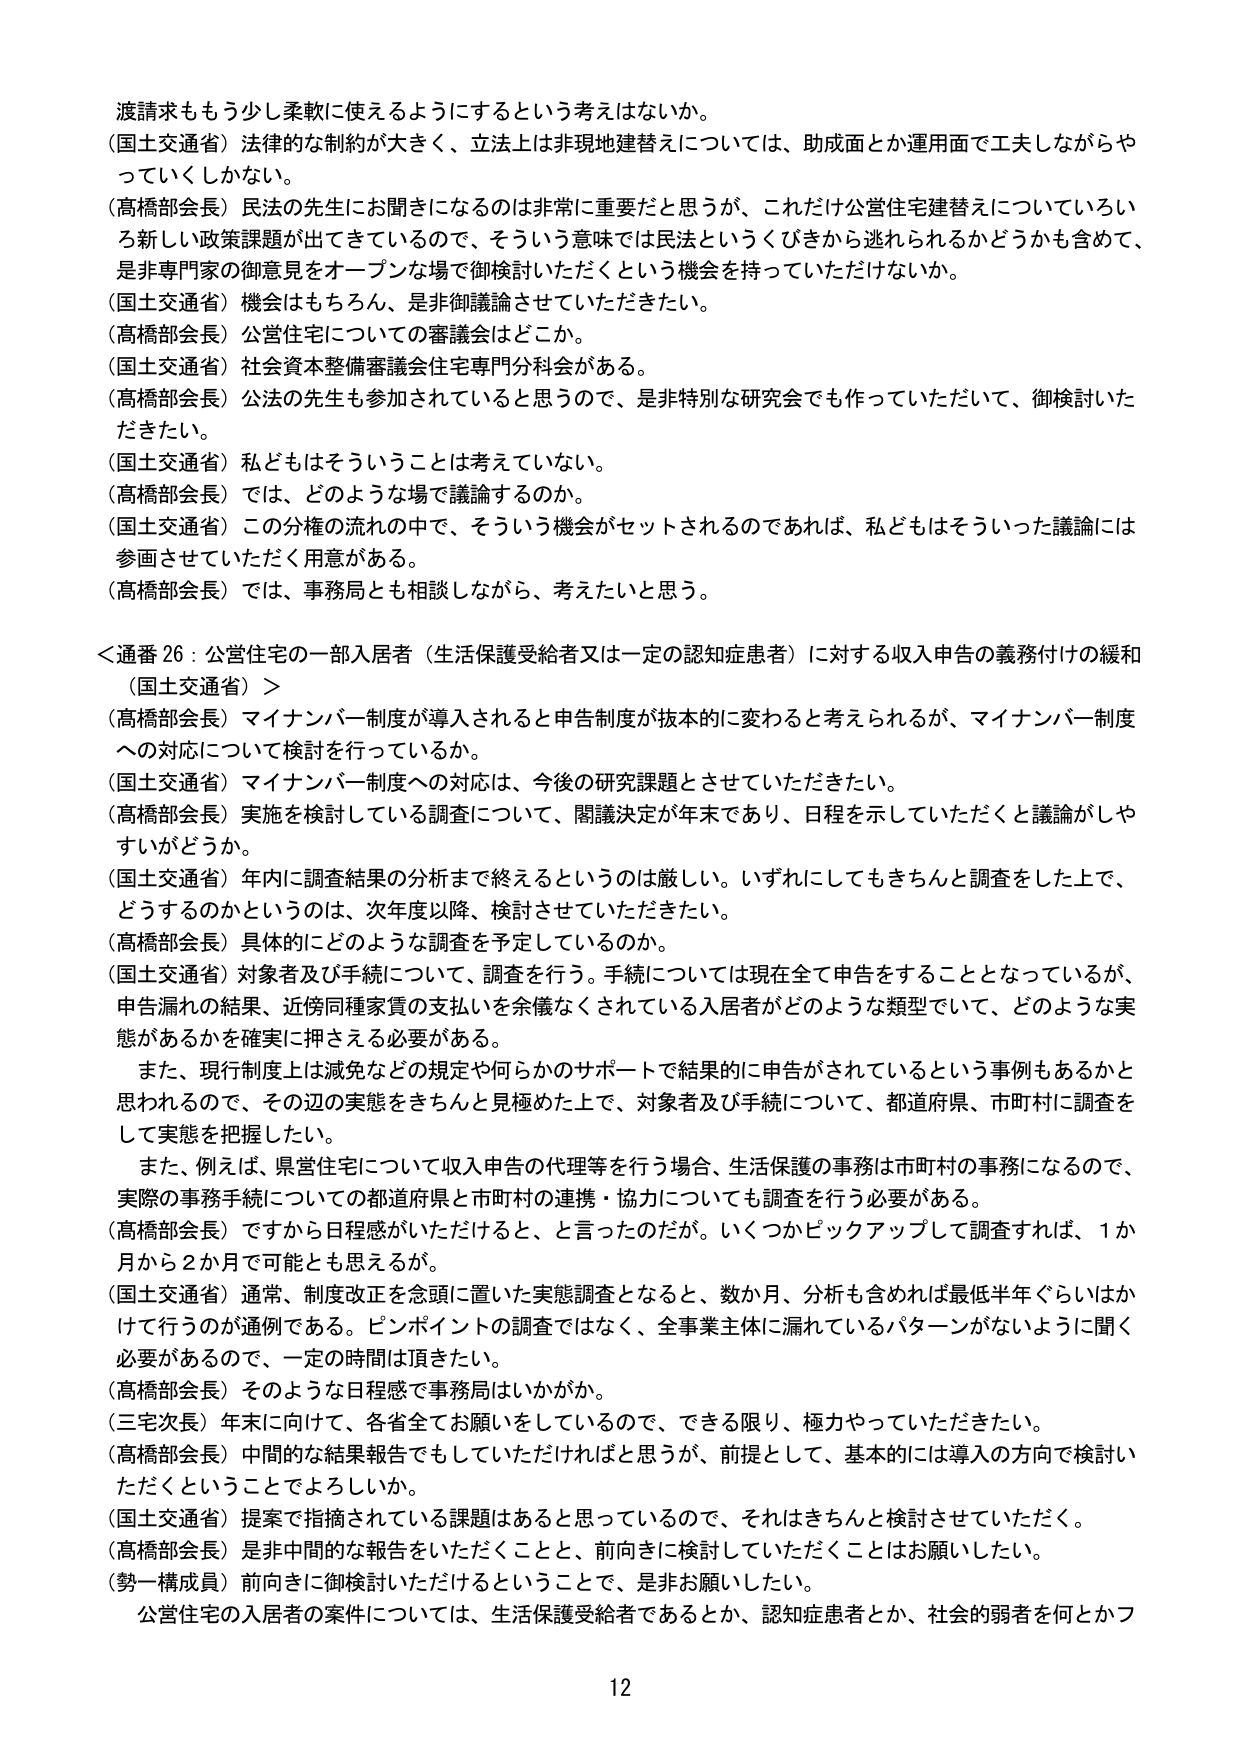
渡請求ももう少し柔軟に使えるようにするという考えはないか。
（国土交通省）法律的な制約が大きく、立法上は非現地建替えについては、助成面とか運用面で工夫しながらやっていくしかない。
（高橋部会長）民法の先生にお聞きになるのは非常に重要だと思うが、これだけ公営住宅建替えについていろいろ新しい政策課題が出てきているので、そういう意味では民法というくびきから逃れられるかどうかも含めて、是非専門家の御意見をオープンな場で御検討いただくという機会を持っていただけないか。
（国土交通省）機会はもちろん、是非御議論させていただきたい。
（高橋部会長）公営住宅についての審議会はどこか。
（国土交通省）社会資本整備審議会住宅専門分科会がある。
（高橋部会長）公法の先生も参加されていると思うので、是非特別な研究会でも作っていただいて、御検討いただきたい。
（国土交通省）私どもはそういうことは考えていない。
（高橋部会長）では、どのような場で議論するのか。
（国土交通省）この分権の流れの中で、そういう機会がセットされるのであれば、私どもはそういった議論には参画させていただく用意がある。
（高橋部会長）では、事務局とも相談しながら、考えたいと思う。

＜通番26：公営住宅の一部入居者（生活保護受給者又は一定の認知症患者）に対する収入申告の義務付けの緩和（国土交通省）＞
（高橋部会長）マイナンバー制度が導入されると申告制度が抜本的に変わると考えられるが、マイナンバー制度への対応について検討を行っているか。
（国土交通省）マイナンバー制度への対応は、今後の研究課題とさせていただきたい。
（高橋部会長）実施を検討している調査について、閣議決定が年末であり、日程を示していただくと議論がしやすいがどうか。
（国土交通省）年内に調査結果の分析まで終えるというのは厳しい。いずれにしてもきちんと調査をした上で、どうするのかというのは、次年度以降、検討させていただきたい。
（高橋部会長）具体的にどのような調査を予定しているのか。
（国土交通省）対象者及び手続について、調査を行う。手続については現在全て申告することとなっているが、申告漏れの結果、近傍同種家賃の支払いを余儀なくされている入居者がどのような類型でいて、どのような実態があるかを確実に押さえる必要がある。
また、現行制度上は減免などの規定や何らかのサポートで結果的に申告がされているという事例もあるかと思われるので、その辺の実態をきちんと見極めた上で、対象者及び手続について、都道府県、市町村に調査をして実態を把握したい。
また、例えば、県営住宅について収入申告の代理等を行う場合、生活保護の事務は市町村の事務になるので、実際の事務手続についての都道府県と市町村の連携・協力についても調査を行う必要がある。
（高橋部会長）ですから日程感がいただけると、と言ったのだが。いくつかピックアップして調査すれば、1か月から2か月で可能とも思えるが。
（国土交通省）通常、制度改正を念頭に置いた実態調査となると、数か月、分析も含めれば最低半年ぐらいはかけて行うのが通例である。ピンポイントの調査ではなく、全事業主体に漏れているパターンがないように聞く必要があるので、一定の時間は頂きたい。
（高橋部会長）そのような日程感で事務局はいかがか。
（三宅次長）年末に向けて、各省全てお願いをしているので、できる限り、極力やっていただきたい。
（高橋部会長）中間的な結果報告でもしていただければと思うが、前提として、基本的には導入の方向で検討いただくということでしょうか。
（国土交通省）提案で指摘されている課題はあると思っているので、それはきちんと検討させていただく。
（高橋部会長）是非中間的な報告をいただくことと、前向きに検討していただくことはお願いしたい。
（勢一構成員）前向きに御検討いただけるということで、是非お願いしたい。
公営住宅の入居者の案件については、生活保護受給者であるとか、認知症患者とか、社会的弱者を何とかフ

12